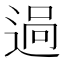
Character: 𨓺